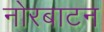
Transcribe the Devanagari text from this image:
नोरबाटन